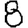
Digit: 8